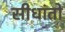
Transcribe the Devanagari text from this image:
सीधांतो